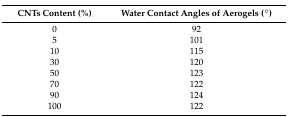
| CNTs Content (%) | Water Contact Angles of Aerogels (°) |
 | --- | --- |
 | 0 | 92 |
 | 5 | 101 |
 | 10 | 115 |
 | 30 | 120 |
 | 50 | 123 |
 | 70 | 122 |
 | 90 | 124 |
 | 100 | 122 |